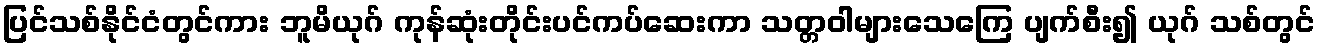
ပြင်သစ်နိုင်ငံတွင်ကား ဘူမိယုဂ် ကုန်ဆုံးတိုင်းပင်ကပ်ဆေးကာ သတ္တဝါများသေကြေ ပျက်စီး၍ ယုဂ် သစ်တွင်